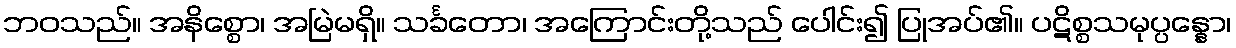
ဘဝသည်။ အနိစ္စော၊ အမြဲမရှိ။ သင်္ခတော၊ အကြောင်းတို့သည် ပေါင်း၍ ပြုအပ်၏။ ပဋိစ္စသမုပ္ပန္နော၊